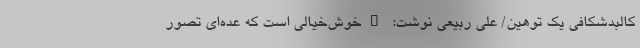
کالبدشکافی یک توهین/ علی ربیعی نوشت: "خوش‌خیالی است که عده‌ای تصور